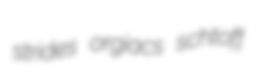
strides orgiacs schtoff